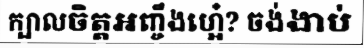
ក្បាលចិត្តអញ្ចឹងហ្អេ៎? ចង់ងាប់